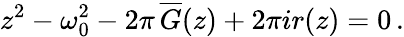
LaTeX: z^{2}-\omega_{0}^{2}-2\pi\, \overline{{{G}}}(z)+2\pi ir(z)=0\, .